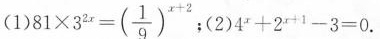
(1) $$8 1 \times 3 ^ { 2 x } = ( \frac { 1 } { 9 } ) ^ { x + 2 }$$ ；(2) $$4 ^ { x } + 2 ^ { x + 1 } - 3 = 0 $$ .